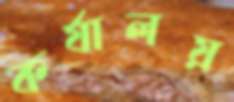
কর্যালয়